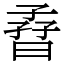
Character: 孴